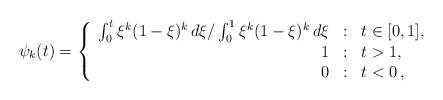
LaTeX: \begin{align*} \psi_k(t) = \left\{\begin{array}{rcl} \int_0^t \xi^k(1-\xi)^k\,d\xi / \int_0^1 \xi^k(1-\xi)^k \,d\xi &:& t\in [0,1],\\ 1&:& t>1,\\ 0&:& t<0\,, \end{array}\right.\end{align*}